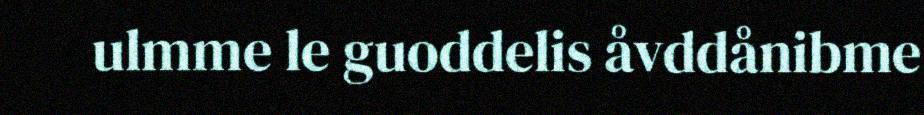
ulmme le guoddelis åvddånibme